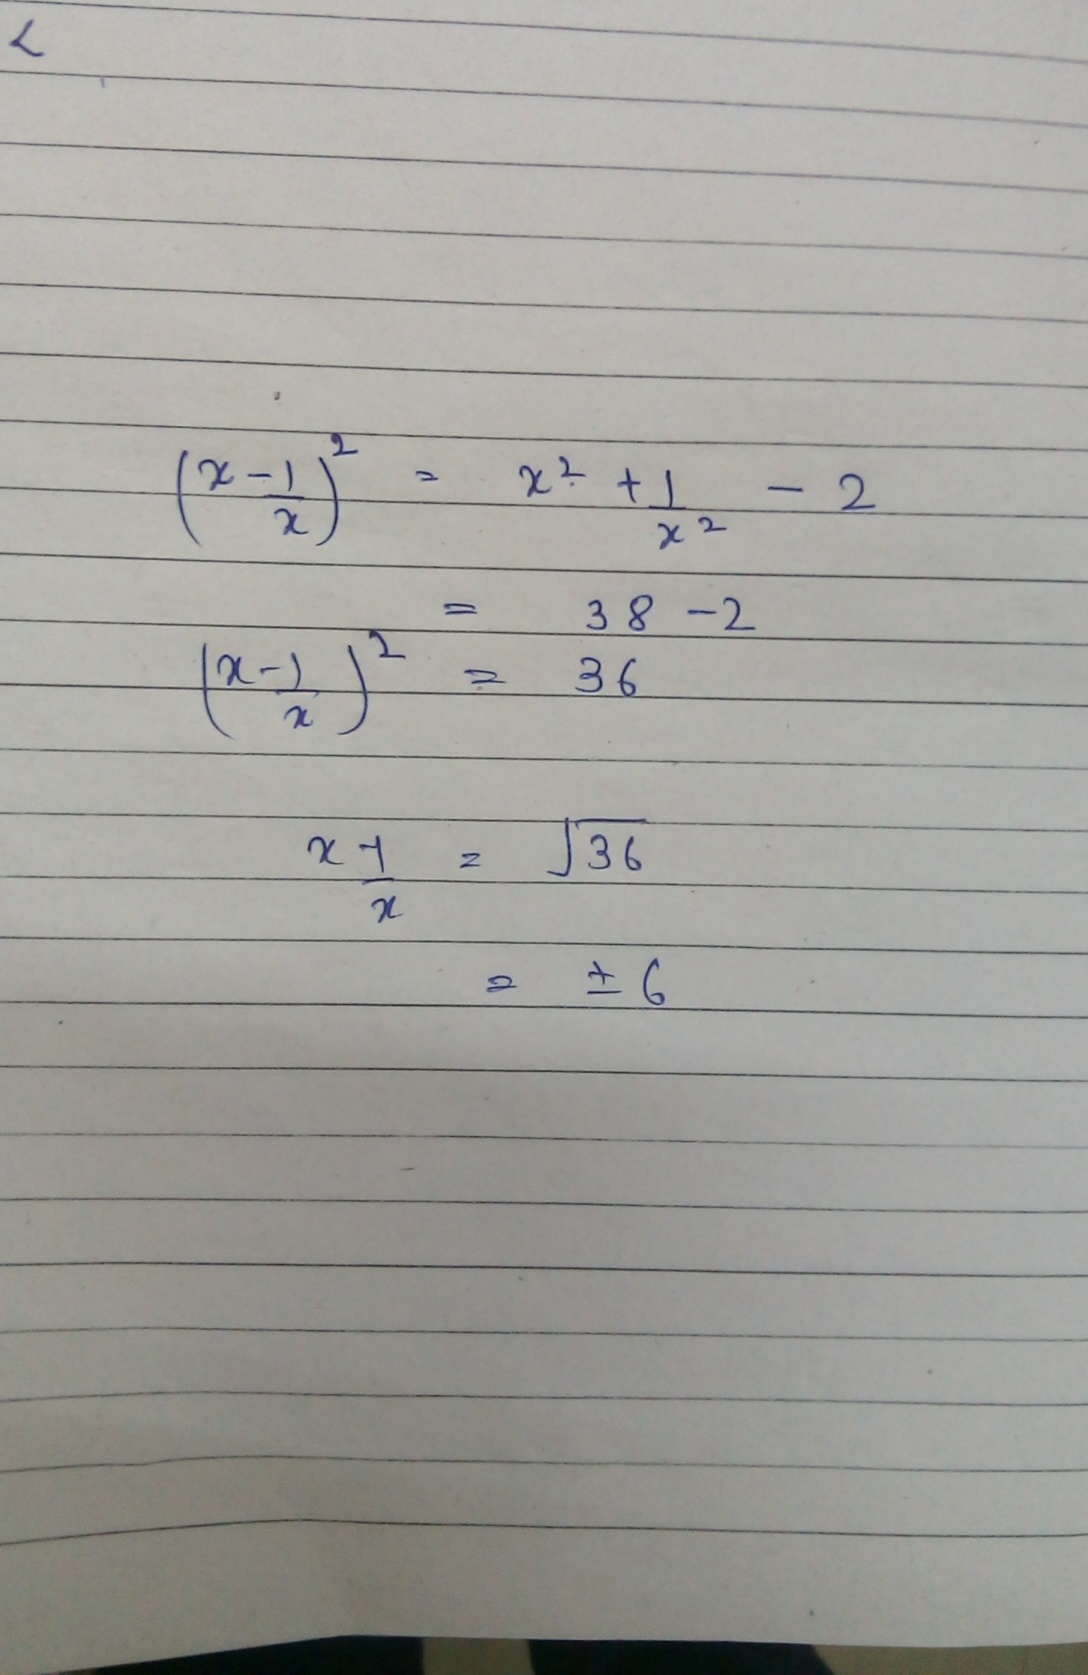
\begin{align*}
\left(\frac{x - 1}{x}\right)^{2}&=\frac{x^{2}+1}{x^{2}}-2\\
\left(\frac{x - 1}{x}\right)^{2}&=38 - 2\\
\left(\frac{x - 1}{x}\right)^{2}&=36\\
\frac{x - 1}{x}&=\sqrt{36}\\
&=\pm6
\end{align*}